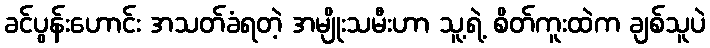
ခင်ပွန်းဟောင်း အသတ်ခံရတဲ့ အမျိုးသမီးဟာ သူ့ရဲ့ စိတ်ကူးထဲက ချစ်သူပဲ